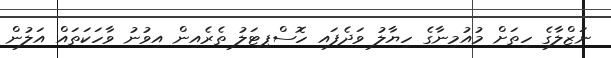
ނަޒްލާގެ ހިތަށް މުއުމިނާގެ ހިޔާލު ވަދެފައި ހޮސްޕިޓަލު ތެރެއިން އިވުނު ވާހަކަތައް އަލުން